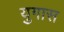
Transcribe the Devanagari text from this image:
युगास